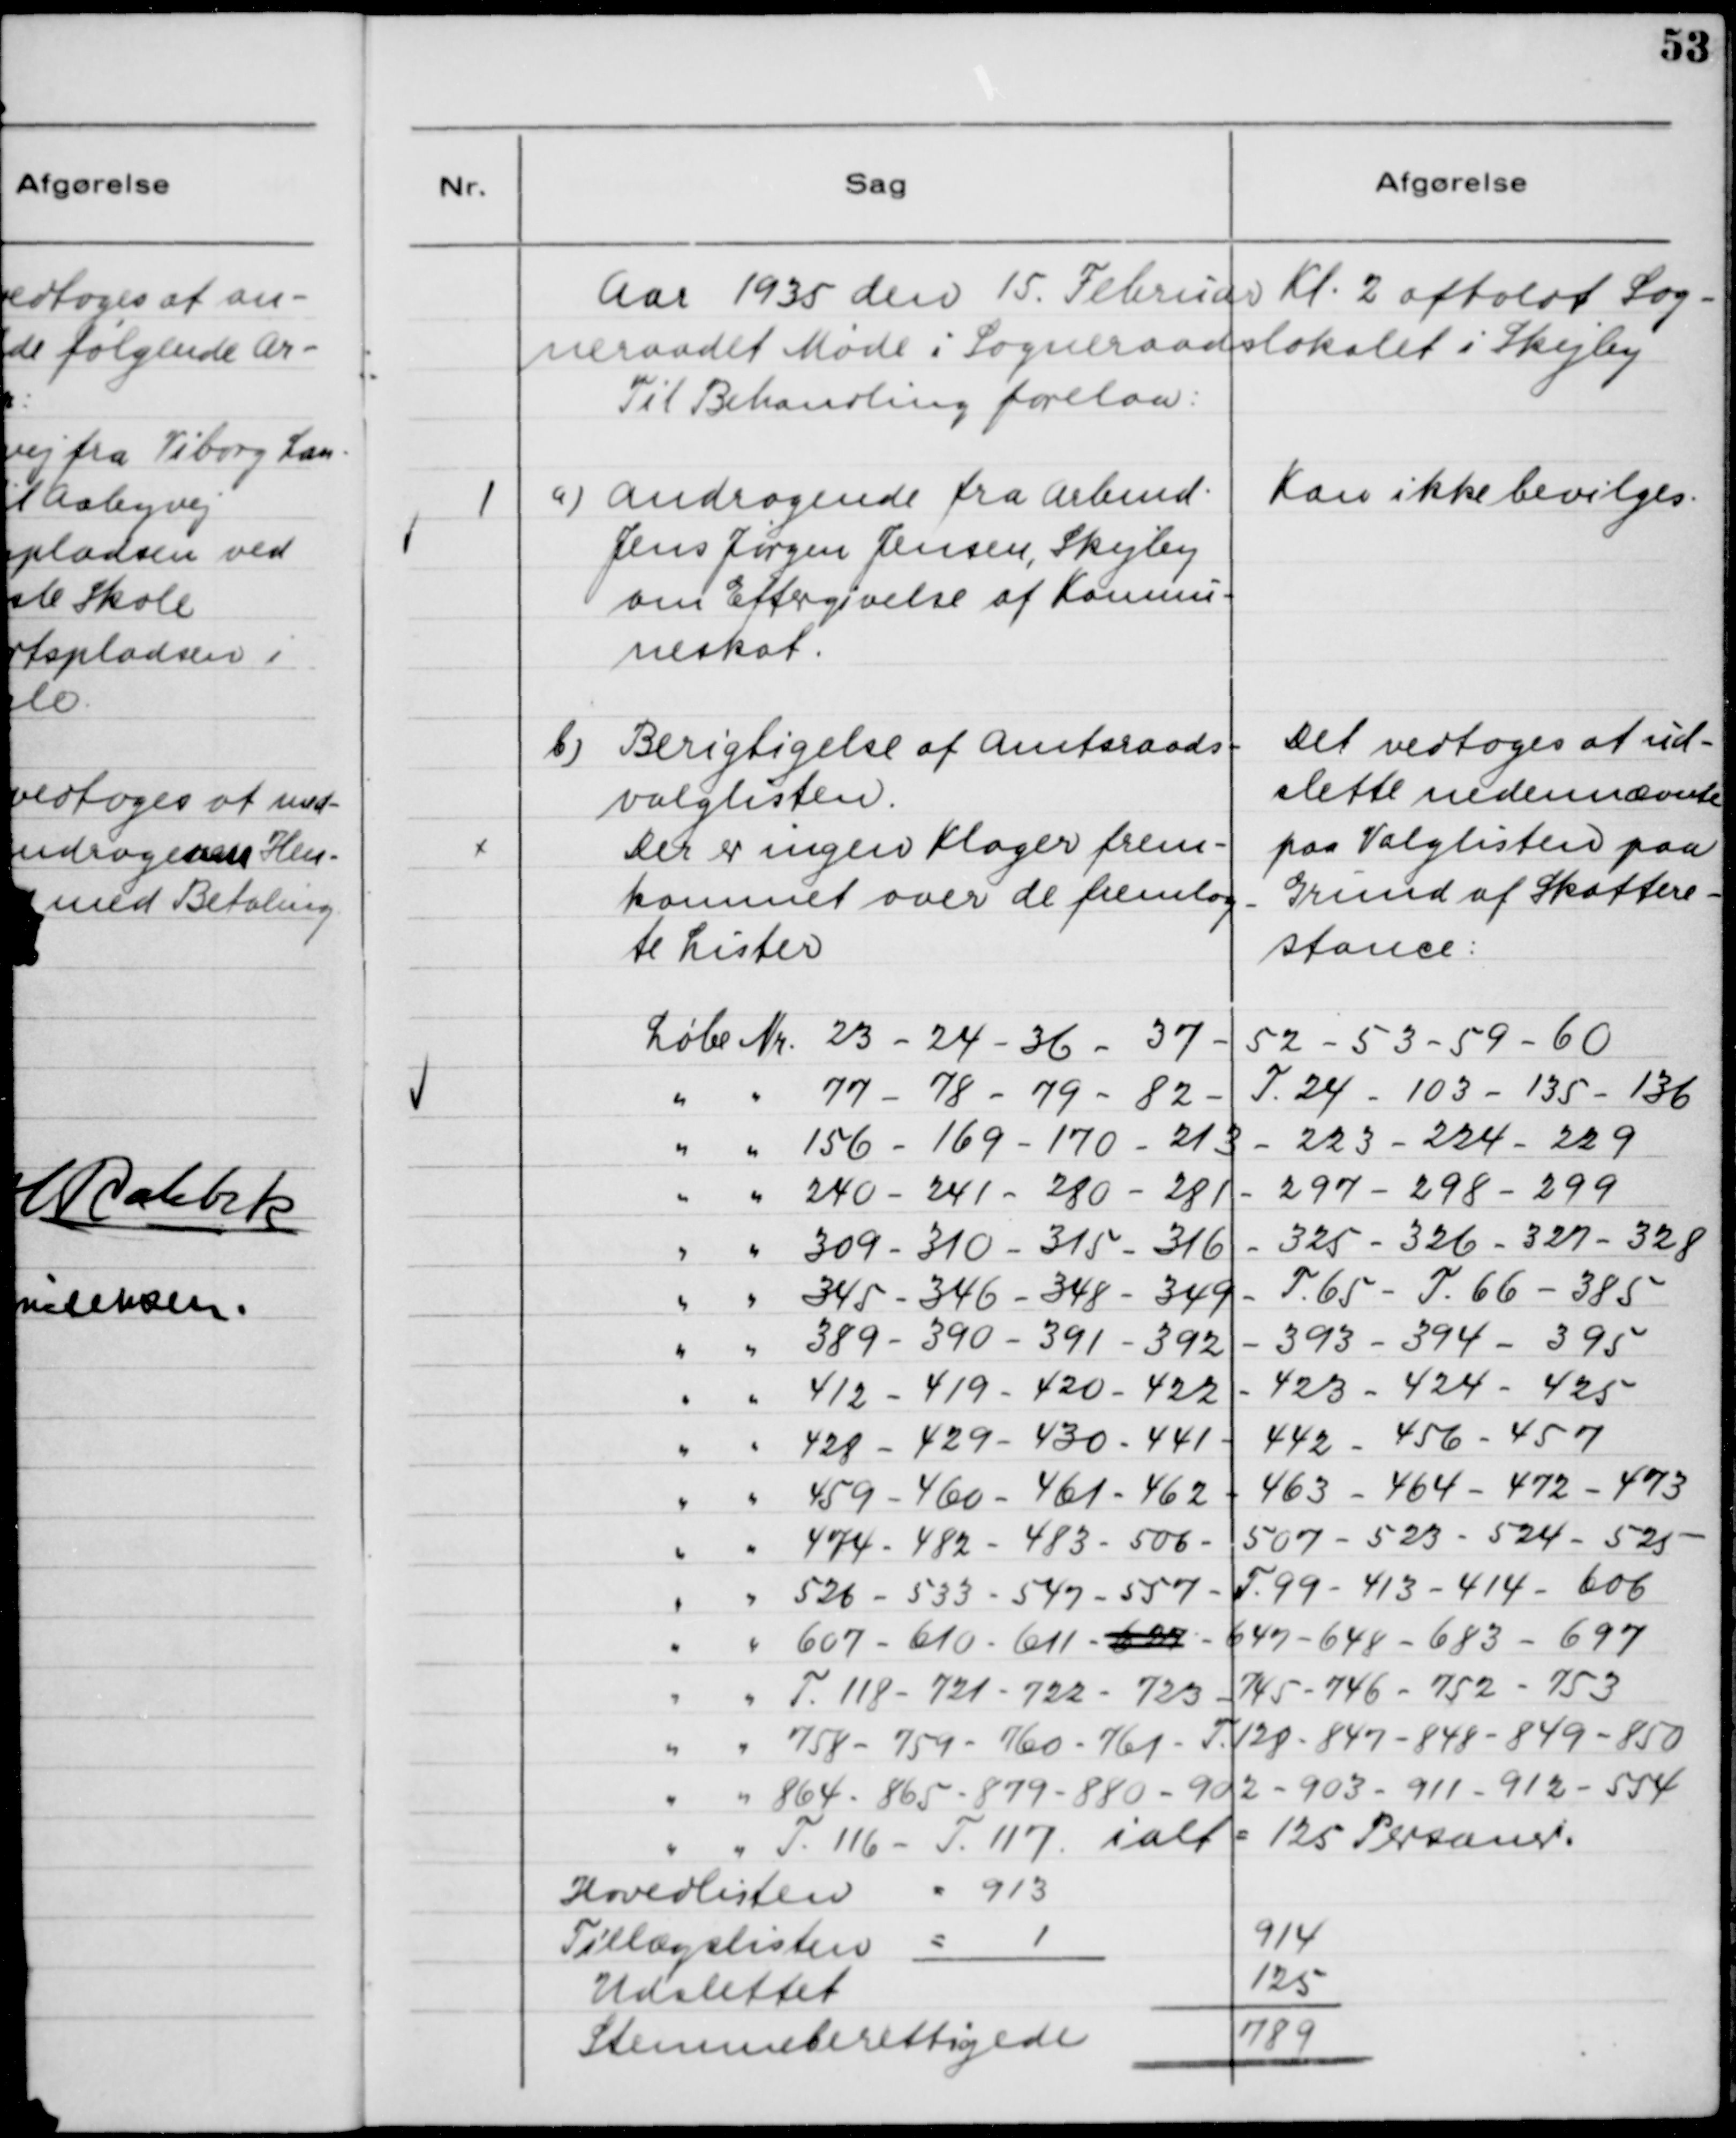
Transskription:
Aar 1935 den 15. Februar Kl. 2 afholdt Sog-
neraadet Møde i Sogneraadslokalet i Skejby.
Til Behandling forelaa:

1

a) Andragende fra Arbmd.
Jens Jørgen Jensen, Skejby
om Eftergivelse af kommu-
neskat.

Kan ikke bevilges

b) Berigtigelse af Amtsraads-
valglisten
Der er ingen Klager frem-
kommet over de fremlag-
te Lister.

Det vedtoges at ud-
slette nedennævnte
paa Valglisten paa
Grund af Skattere-
stance:

Løbe Nr. 23 - 24 - 36 - 37 - 52 - 53 - 59 - 60
" " 77 - 78 - 79 - 82 - T 24 - 102 - 135 - 136
" " 156 - 169 - 170 - 213 - 223 - 224 - 229
" " 240 - 241 - 280 - 281 - 297 - 298 - 299
" " 309 - 310 - 315 - 316 - 325 - 326 - 327 - 328
" " 345 - 346 - 348 - 349 - T 65 - T 66 - 385
" " 389 - 390 - 391 - 392  - 393 - 394 - 395
" " 412 - 419 - 420 - 422 - 423 - 424 - 425
" " 428 - 429 - 430 - 441 - 442 - 456 - 457
" " 459 - 460 - 461 - 462 - 463 - 464 - 472 - 473
" " 474 - 482 - 483 - 506 - 507 - 523 - 524 - 525
" " 526 - 533 - 547 - 557 - T 99 - 413 - 414 - 606
" " 607 - 610 - 611 - 627 - 647 - 648 - 683 - 697
" " T 118 - 721 - 722 - 723 - 745 - 746 - 752 - 753
" " 758 - 759 - 760 - 761 - T 128 - 847 - 848 - 849 - 850
" " 864 - 865 - 879 - 880 - 902 - 903 - 911 - 912 - 554
" " T 116 - T 117 ialt = 125 Personer